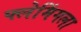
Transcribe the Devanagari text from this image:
फ्लेमिंगला